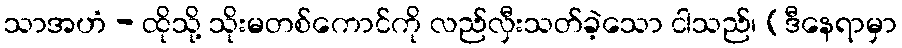
သာအဟံ - ထိုသို့ သိုးမတစ်ကောင်ကို လည်လှီးသတ်ခဲ့သော ငါသည်၊ (ဒီနေရာမှာ